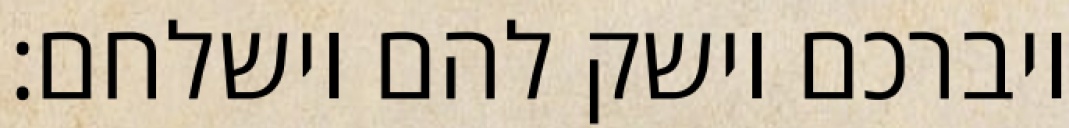
ויברכם וישק להם וישלחם: